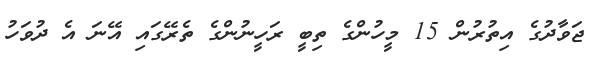
ޖަވާދުގެ އިތުރުން 15 މީހުންގެ ތިބީ ރަހީނުންގެ ތެރޭގައި އޭނަ އެ ދުވަހު